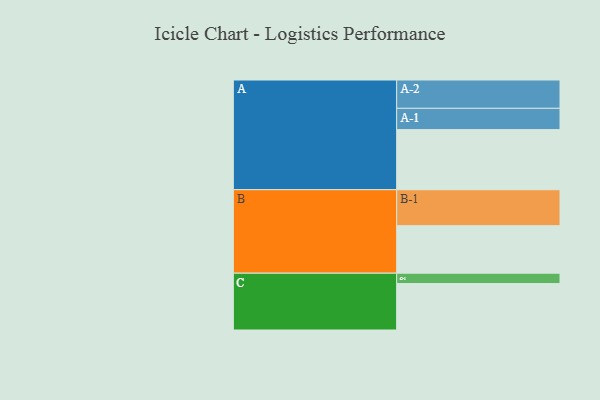
{"axis": {"x": "Segment", "y": "Value"}, "legend": ["", "A", "B", "C"], "data": [{"x": "A", "y": 401, "type": ""}, {"x": "B", "y": 317, "type": ""}, {"x": "C", "y": 310, "type": ""}, {"x": "A-1", "y": 142, "type": "A"}, {"x": "A-2", "y": 189, "type": "A"}, {"x": "B-1", "y": 240, "type": "B"}, {"x": "C-1", "y": 69, "type": "C"}]}